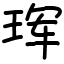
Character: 珲